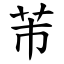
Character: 芾